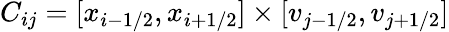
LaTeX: C_{ij}=[x_{i-1/2},x_{i+1/2}]\times[v_{j-1/2},v_{j+1/2}]